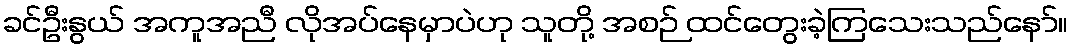
ခင်ဦးနွယ် အကူအညီ လိုအပ်နေမှာပဲဟု သူတို့ အစဉ် ထင်တွေးခဲ့ကြသေးသည်နော်။